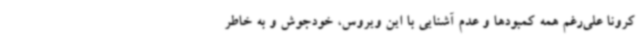
کرونا علی‌رغم همه کمبودها و عدم آشنایی با این ویروس، خودجوش و به خاطر